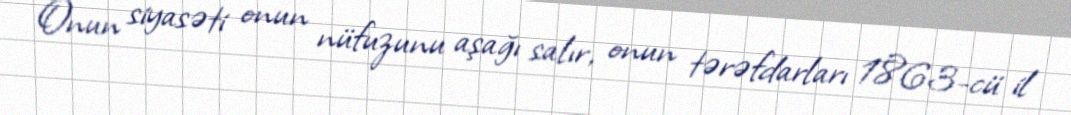
Onun siyasəti onun nüfuzunu aşağı salır, onun tərəfdarları 1863-cü il